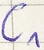
Text: C1